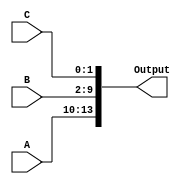
module concatenation_example (
    input wire [3:0] A,      // 4-bit input signal A
    input wire [7:0] B,      // 8-bit input signal B
    input wire [1:0] C,      // 2-bit input signal C
    output wire [13:0] Output // 14-bit output signal
);

// Continuous assignment using concatenation
assign Output = {A, B, C}; // Concatenating A, B, and C

endmodule